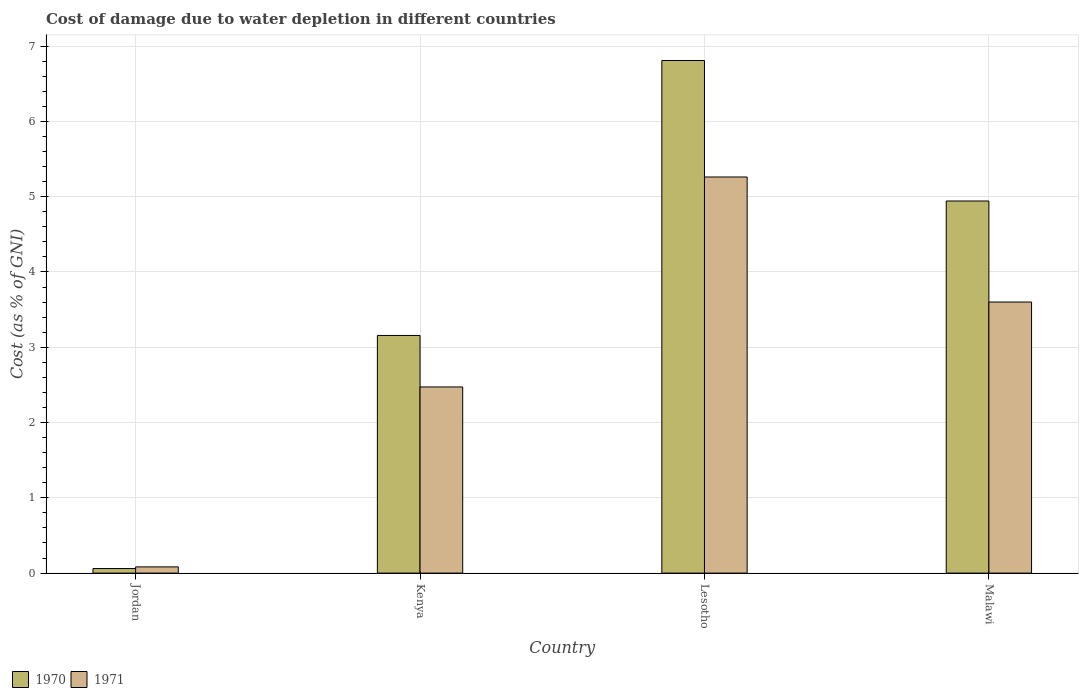
| Country | 1970 | 1971 |
 | --- | --- | --- |
 | Jordan | 0.0604 | 0.0825 |
 | Kenya | 3.16 | 2.47 |
 | Lesotho | 6.81 | 5.26 |
 | Malawi | 4.94 | 3.6 |